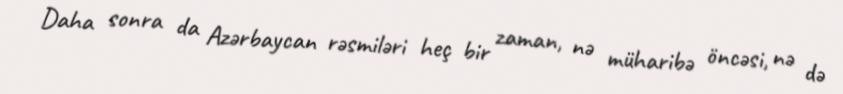
Daha sonra da Azərbaycan rəsmiləri heç bir zaman, nə müharibə öncəsi, nə də